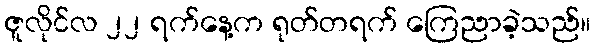
ဇူလိုင်လ ၂၂ ရက်နေ့က ရုတ်တရက် ကြေညာခဲ့သည်။